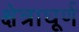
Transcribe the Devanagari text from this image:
क्षेत्राघूर्ण